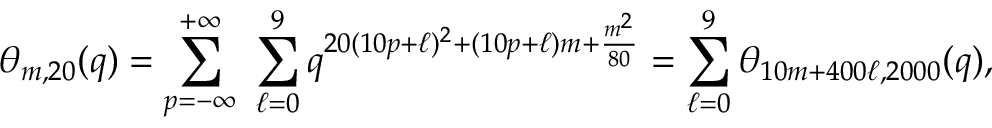
\theta _ { m , 2 0 } ( q ) = \sum _ { p = - \infty } ^ { + \infty } ~ \sum _ { \ell = 0 } ^ { 9 } q ^ { 2 0 ( 1 0 p + \ell ) ^ { 2 } + ( 1 0 p + \ell ) m + \frac { m ^ { 2 } } { 8 0 } } = \sum _ { \ell = 0 } ^ { 9 } \theta _ { 1 0 m + 4 0 0 \ell , 2 0 0 0 } ( q ) ,